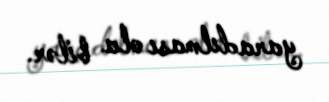
yaradılması ola bilər.